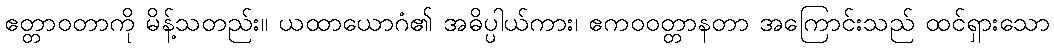
ဧတ္တာဝတာကို မိန့်သတည်း။ ယထာယောဂံ၏ အဓိပ္ပါယ်ကား၊ ဧကဝဝတ္တာနတာ အကြောင်းသည် ထင်ရှားသော